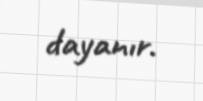
dayanır.